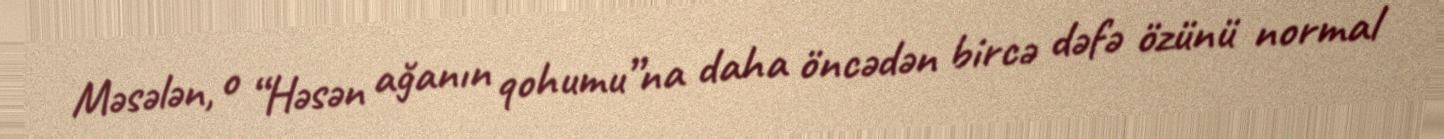
Məsələn, o “Həsən ağanın qohumu”na daha öncədən bircə dəfə özünü normal